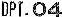
DPT.04